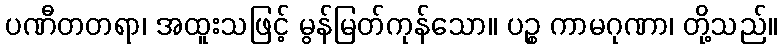
ပဏီတတရာ၊ အထူးသဖြင့် မွန်မြတ်ကုန်သော။ ပဉ္စ ကာမဂုဏာ၊ တို့သည်။